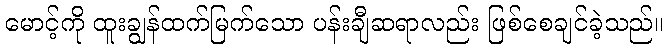
မောင့်ကို ထူးချွန်ထက်မြက်သော ပန်းချီဆရာလည်း ဖြစ်စေချင်ခဲ့သည်။